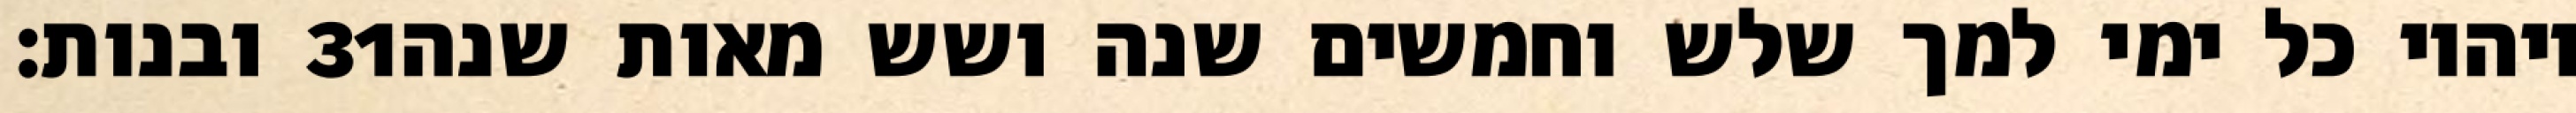
ובנות׃ ‎31‏ ויהיו כל ימי למך שלש וחמשים שנה ושש מאות שנה